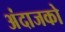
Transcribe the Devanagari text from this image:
अंदाजको